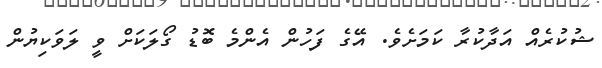
ޝުކުރެއް އަދާކުރާ ކަމަށެވެ. އޭގެ ފަހުން އެންމެ ބޮޑު ގޯލަކަށް ވީ ލަވަކިޔުން